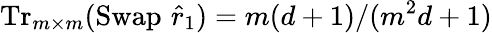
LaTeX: \operatorname{Tr}_{m\times m}(\operatorname{Swap}\, \hat{r}_{1})=m(d+1)/(m^{2}d+1)